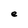
Character: e